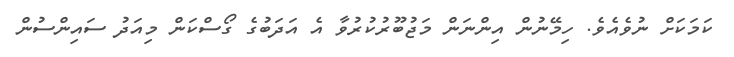
ކަމަކަށް ނުވެއެވެ. ހިމޭނުން އިންނަން މަޖުބޫރުކުރުވާ އެ އަދަބުގެ ގޯސްކަން މިއަދު ސައިންސުން